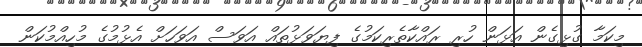
މިކަމާ ގުޅިގެން އަޅަން ހުރި ރައްކާތެރިކަމުގެ ފިޔަވަޅުތައް އަވަސް އަވަހަށް އެޅުމުގެ މުހިއްމުކަން